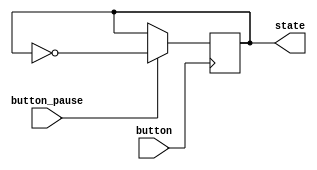
module IOButton (input wire button, input wire button_pause, output reg state);

initial begin
	state = 0;
end

always @ (negedge button) begin
	if(button_pause) begin
		state <= ~state;
	end
end

endmodule